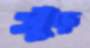
খুঁড়